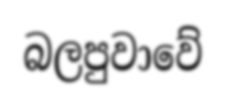
බලපුවාවේ